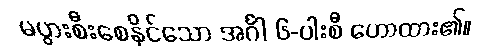
မပွားစီးစေနိုင်သော အင်္ဂါ ၆-ပါးစီ ဟောထား၏။